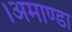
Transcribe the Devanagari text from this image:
।अमाण्डा